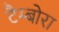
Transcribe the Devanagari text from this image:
टैम्बोरा